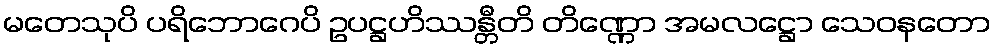
မတေသုပိ ပရိဘောဂေပိ ဥပဋ္ဌဟိဿန္တီတိ တိဏ္ဏော အမလဋ္ဌော သေဝနတော